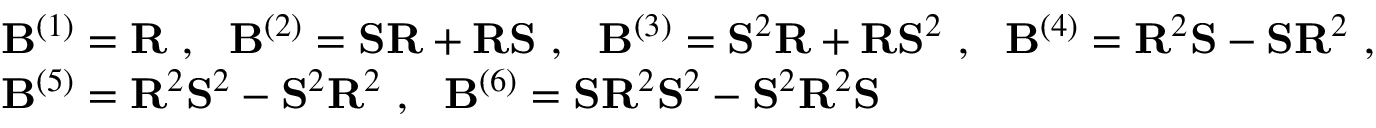
\begin{array} { r } { \begin{array} { r l } & { { \mathbf { B } } ^ { ( 1 ) } = { \mathbf { R } } \ , \ \ { \mathbf { B } } ^ { ( 2 ) } = { \mathbf { S } } { \mathbf { R } } + { \mathbf { R } } { \mathbf { S } } \ , \ \ { \mathbf { B } } ^ { ( 3 ) } = { \mathbf { S } } ^ { 2 } { \mathbf { R } } + { \mathbf { R } } { \mathbf { S } } ^ { 2 } \ , \ \ { \mathbf { B } } ^ { ( 4 ) } = { \mathbf { R } } ^ { 2 } { \mathbf { S } } - { \mathbf { S } } { \mathbf { R } } ^ { 2 } \ , } \\ & { { \mathbf { B } } ^ { ( 5 ) } = { \mathbf { R } } ^ { 2 } { \mathbf { S } } ^ { 2 } - { \mathbf { S } } ^ { 2 } { \mathbf { R } } ^ { 2 } \ , \ \ { \mathbf { B } } ^ { ( 6 ) } = { \mathbf { S } } { \mathbf { R } } ^ { 2 } { \mathbf { S } } ^ { 2 } - { \mathbf { S } } ^ { 2 } { \mathbf { R } } ^ { 2 } { \mathbf { S } } } \end{array} } \end{array}